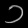
Digit: ၁